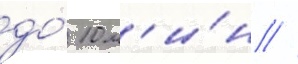
до́ 10 м'и́н //